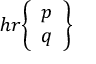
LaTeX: h r { \left\{ \begin{array} { l } { p } \\ { q } \end{array} \right\} }